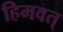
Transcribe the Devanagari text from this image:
हिमवत्‌